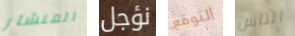
المنشار نؤجل التوقع الناس